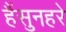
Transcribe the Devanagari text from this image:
हैंसुनहरे